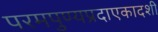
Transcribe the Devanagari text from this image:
परमपुण्यप्रदाएकादशी